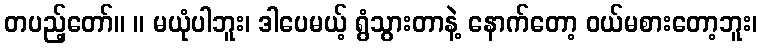
တပည့်တော်။ ။ မယုံပါဘူး၊ ဒါပေမယ့် ရွံသွားတာနဲ့ နောက်တော့ ဝယ်မစားတော့ဘူး၊